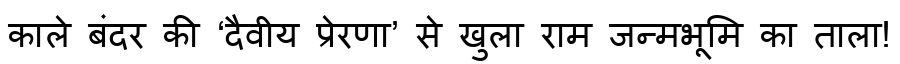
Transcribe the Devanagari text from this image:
काले बंदर की ‘दैवीय प्रेरणा’ से खुला राम जन्मभूमि का ताला!